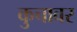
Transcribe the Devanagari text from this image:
कुचावर